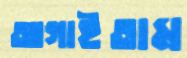
আগাইতাম